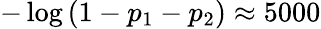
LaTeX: -\log\left(1-p_{1}-p_{2}\right)\approx 5000